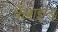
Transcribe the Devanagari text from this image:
कँबाइन्ड